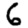
Digit: 6